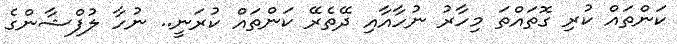
ކަންތައް ކުރި ގޮތައްތަ މިހާރު ނުހާއާއި ދޭތެރޭ ކަންތައް ކުރަނީ.. ނުހާ ލުފްޝާންގެ